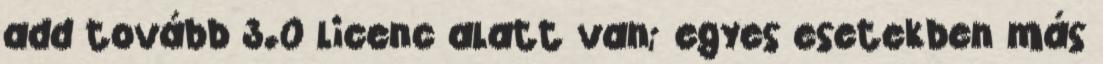
add tovább 3.0 licenc alatt van; egyes esetekben más